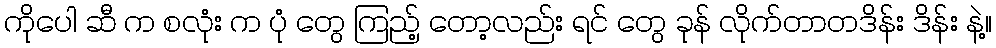
ကိုပေါ ဆီ က စလုံး က ပုံ တွေ ကြည့် တော့လည်း ရင် တွေ ခုန် လိုက်တာတဒိန်း ဒိန်း နဲ့။